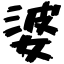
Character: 婆